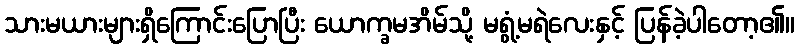
သားမယားများရှိကြောင်းပြောပြီး ယောက္ခမအိမ်သို့ မရွံ့မရဲလေးနှင့် ပြန်ခဲ့ပါတော့၏။